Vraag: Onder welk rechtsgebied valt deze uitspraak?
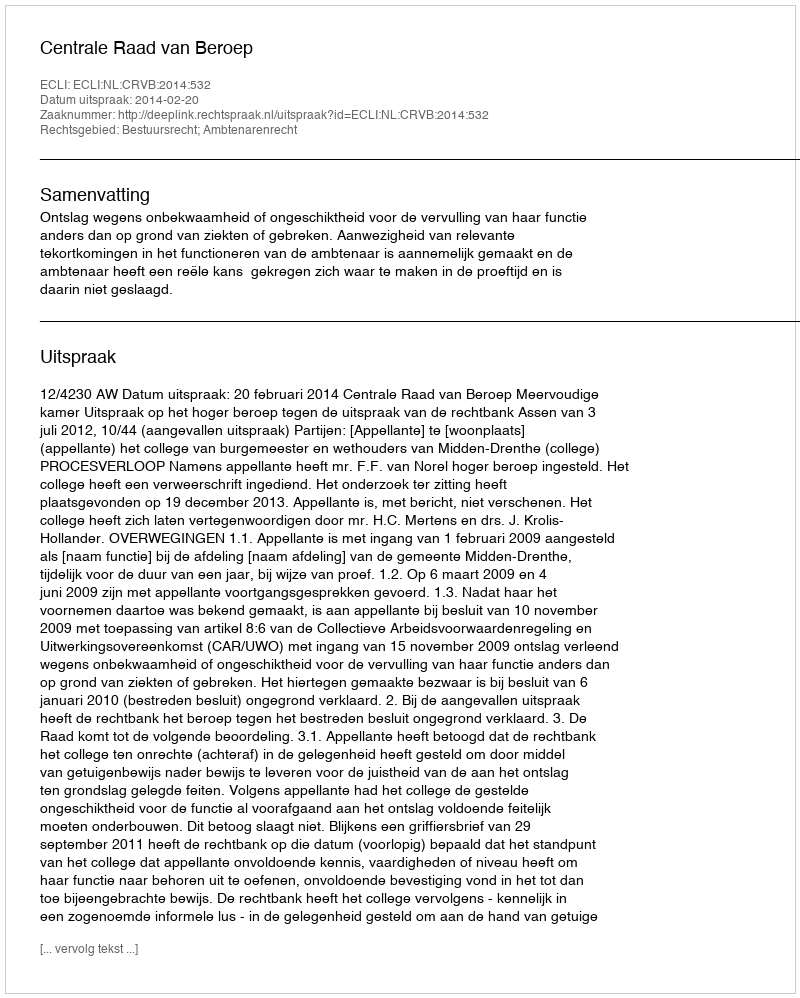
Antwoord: Bestuursrecht; Ambtenarenrecht